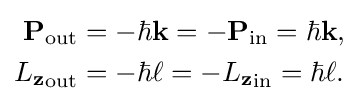
{\begin{aligned}\mathbf {P} _{\text{out}}&=-\hbar \mathbf {k} =-\mathbf {P} _{\text{in}}=\hbar \mathbf {k} ,\\{L_{\mathbf {z} }}_{\text{out}}&=-\hbar \ell =-{L_{\mathbf {z} }}_{\text{in}}=\hbar \ell .\end{aligned}}